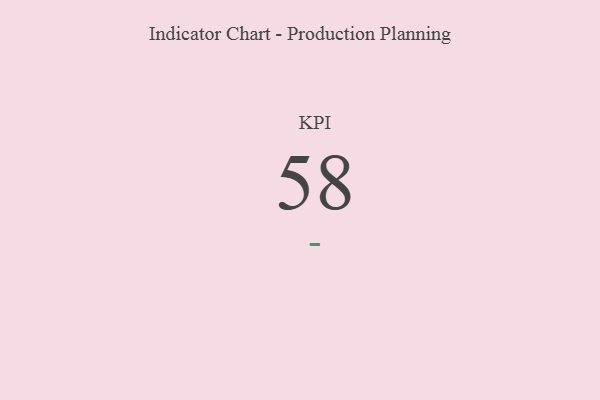
{"axis": {"x": "KPI", "y": "Value"}, "legend": [""], "data": [{"x": "KPI", "y": 58, "type": ""}]}